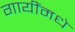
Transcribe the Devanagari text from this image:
गायींमधे